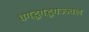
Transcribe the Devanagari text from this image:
धगद्धगद्धगज्ज्वल